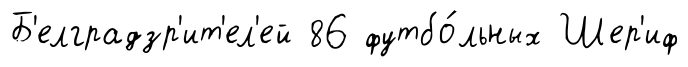
Б'елградзр'ит'ел'ей 86 футбо́льных Шер'иф